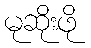
မုဆိုးဖို